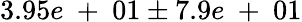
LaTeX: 3.95e\mathrm{~+~}01\pm 7.9e\mathrm{~+~}01